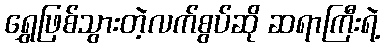
ရွှေဖြစ်သွားတဲ့လက်စွပ်ဆို ဆရာကြီးရဲ့